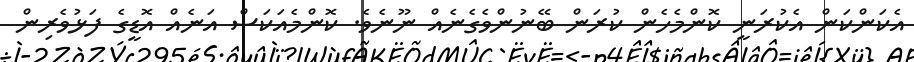
އެކަންކަން އެކުރަނީ ކޮންމެހެން ކުރަން ބޭނުންވެގެނެއް ނޫނެވެ. ކޮންމެއަކަސް އަނެއް އޮޑީގެ ފަޅުވެރިން